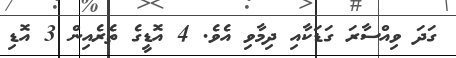
ގަދަ ވިއްސާރަ ގަޑަކާއި ދިމާވި އެވެ. 4 އޮޑީގެ ތެރެއިން 3 އޮޑި